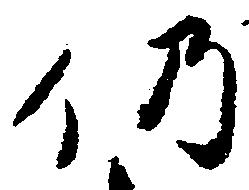
仍